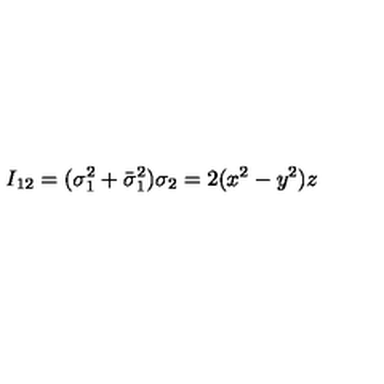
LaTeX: I _ { 1 2 } = ( \sigma _ { 1 } ^ { 2 } + \bar { \sigma } _ { 1 } ^ { 2 } ) \sigma _ { 2 } = 2 ( x ^ { 2 } - y ^ { 2 } ) z